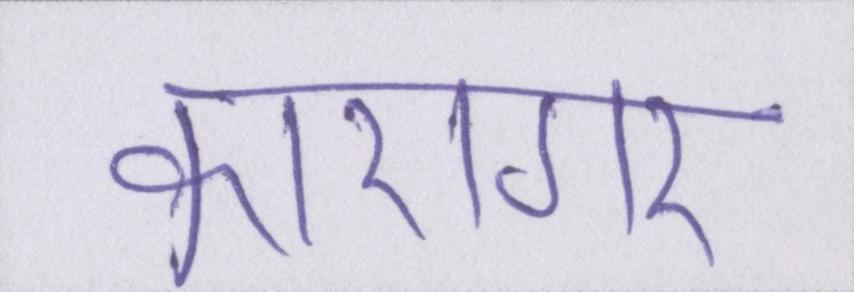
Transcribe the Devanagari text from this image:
कारागर